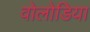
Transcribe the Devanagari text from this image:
वोलोडिया